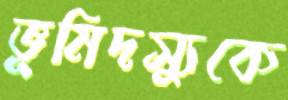
ভূমিদস্যুকে